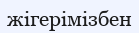
жігерімізбен